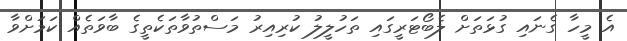
އެ މީހާ ގެނައި ގުޅަތަށް ލެބޯޓަރީގައި ތަހުލީލު ކުރިއިރު މަސްތުވާތަކެތީގެ ބާވަތެއް ކަމަށްވާ